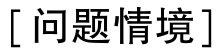
[问题情境]